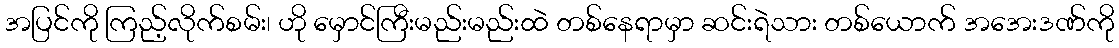
အပြင်ကို ကြည့်လိုက်စမ်း၊ ဟို မှောင်ကြီးမည်းမည်းထဲ တစ်နေရာမှာ ဆင်းရဲသား တစ်ယောက် အအေးဒဏ်ကို